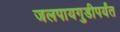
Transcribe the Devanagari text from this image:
जलपायगुडीपर्यंत